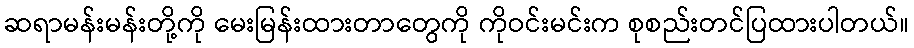
ဆရာမန်းမန်းတို့ကို မေးမြန်းထားတာတွေကို ကိုဝင်းမင်းက စုစည်းတင်ပြထားပါတယ်။